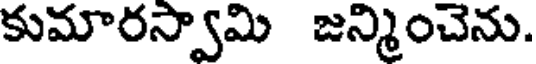
కుమారస్వామి జన్మించెను.